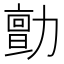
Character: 勯